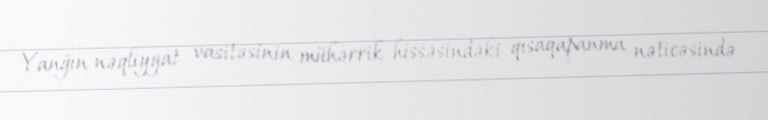
Yanğın nəqliyyat vasitəsinin mühərrik hissəsindəki qısaqapanma nəticəsində